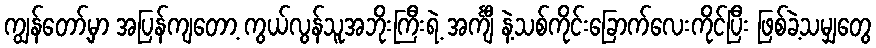
ကျွန်တော့်မှာ အပြန်ကျတော့ ကွယ်လွန်သူအဘိုးကြီးရဲ့ အင်္ကျီ နဲ့သစ်ကိုင်းခြောက်လေးကိုင်ပြီး ဖြစ်ခဲ့သမျှတွေ